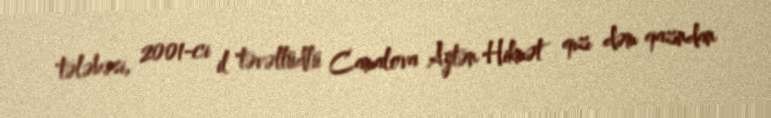
tələbəsi, 2001-ci il təvəllüdlü Camalova Aytən Hikmət qızı dəm qazından